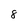
Character: 8